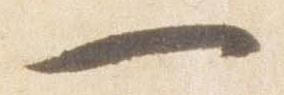
一